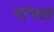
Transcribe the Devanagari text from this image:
नाभस